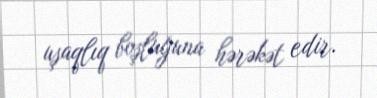
uşaqlıq boşluğuna hərəkət edir.